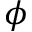
\phi